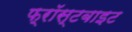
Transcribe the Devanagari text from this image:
फ़्रॉस्टबाइट